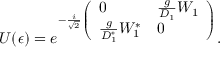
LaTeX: U ( \epsilon ) = e ^ { - { \frac { i } { \sqrt { 2 } } \left( \begin{array} { l l } { { 0 } } & { { \frac { g } { D _ { 1 } } W _ { 1 } } } \\ { { \frac { g } { D _ { 1 } ^ { * } } W _ { 1 } ^ { * } } } & { { 0 } } \end{array} \right) } } .